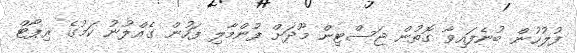
ފުލުހުން ބުނެފައިވާ ގޮތުން ޖަސްޓިން މޫދަށް ފުންމާލި ފަހުން ގެއްލުނު ކަމުގެ ރިޕޯޓް